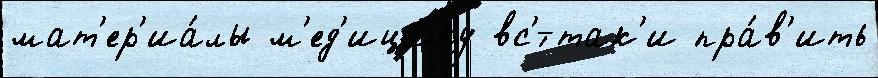
мат'ер'иа́лы м'ед'ици́ну вс'́-так'и пра́в'ить